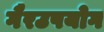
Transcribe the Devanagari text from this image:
गैरउपयोग